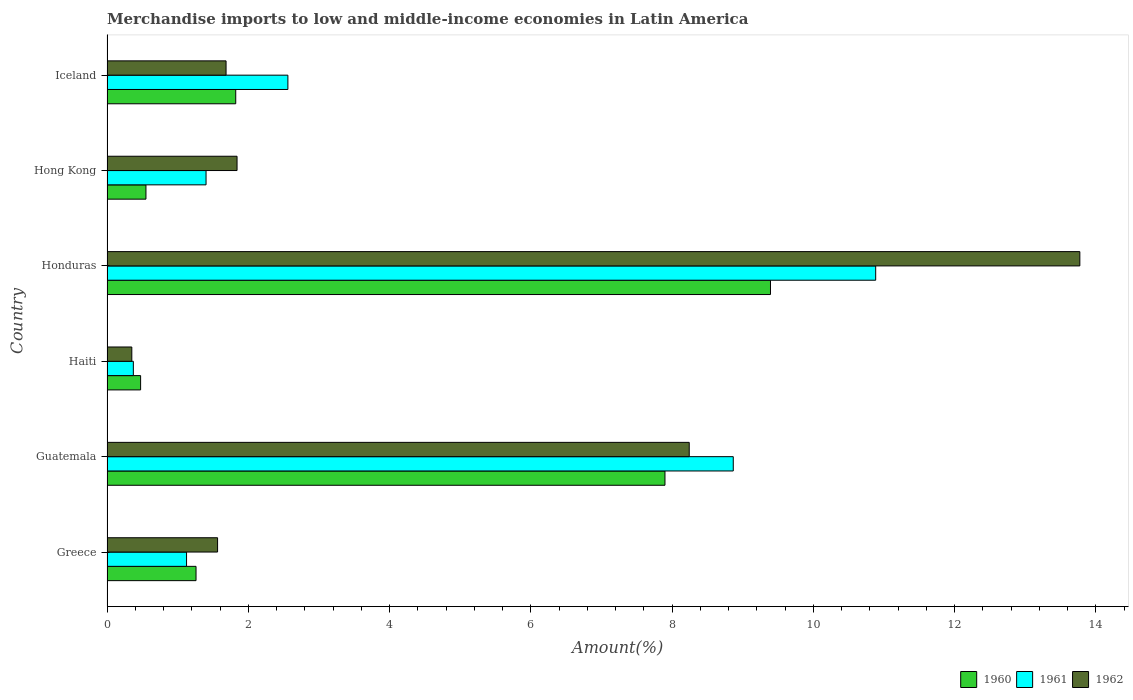
| Country | 1960 | 1961 | 1962 |
 | --- | --- | --- | --- |
 | Greece | 1.26 | 1.13 | 1.57 |
 | Guatemala | 7.9 | 8.87 | 8.24 |
 | Haiti | 0.476 | 0.373 | 0.351 |
 | Honduras | 9.39 | 10.9 | 13.8 |
 | Hong Kong | 0.551 | 1.4 | 1.84 |
 | Iceland | 1.82 | 2.56 | 1.69 |